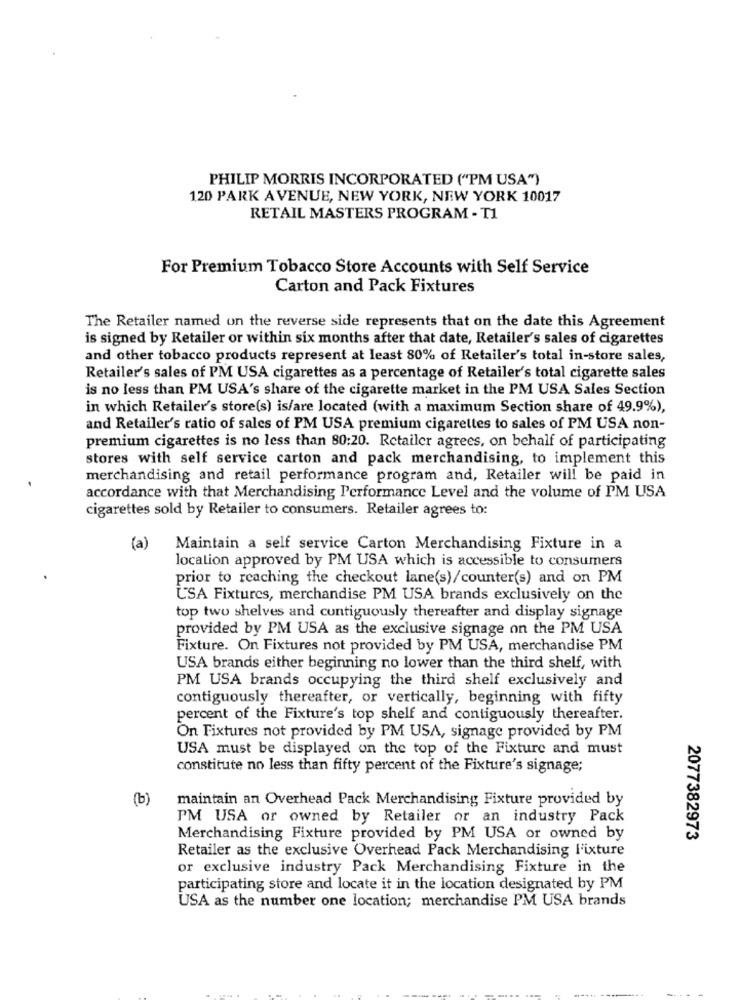
PHILIP MORRIS INCORPORATED ("PM USA")
120 PARK AVENUE, NEW YORK, NEW YORK 10017
RETAIL MASTERS PROGRAM - T1
For Premium Tobacco Store Accounts with Self Service
Carton and Pack Fixtures
The Retailer named on the reverse side represents that on the date this Agreement
is signed by Retailer or within six months after that date, Retailer's sales of cigarettes
and other tobacco products represent at least 80% of Retailer's total in-store sales,
Retailer's sales of PM USA cigarettes as a percentage of Retailer's total cigarette sales
is no less than PM USA's share of the cigarette market in the PM USA Sales Section
in which Retailer's store(s) is/are located (with a maximum Section share of 49.9%),
and Retailer's ratio of sales of PM USA premium cigarettes to sales of PM USA non-
premium cigarettes is no less than 80:20. Retailer agrees, on behalf of participating
stores with self service carton and pack merchandising, to implement this
merchandising and retail performance program and, Retailer will be paid in
accordance with that Merchandising Performance Level and the volume of PM USA
cigarettes sold by Retailer to consumers. Retailer agrees to:
(a)
Maintain a self service Carton Merchandising Fixture in a
location approved by PM USA which is accessible to consumers
prior to reaching the checkout lane(s)/counter(s) and on PM
USA Fixtures, merchandise PM USA brands exclusively on the
top two shelves and contiguously thereafter and display signage
provided by PM USA as the exclusive signage on the PM USA
Fixture. On Fixtures not provided by PM USA, merchandise PM
USA brands either beginning no lower than the third shelf, with
PM USA brands occupying the third shelf exclusively and
contiguously thereafter, or vertically, beginning with fifty
percent of the Fixture's top shelf and contiguously thereafter.
On Fixtures not provided by PM USA, signage provided by PM
USA must be displayed on the top of the Fixture and must
constitute no less than fifty percent of the Fixture's signage;
(b)
maintain an Overhead Pack Merchandising Fixture provided by
PM USA or owned by Retailer or an industry Pack
Merchandising Fixture provided by PM USA or owned by
2077382973
Retailer as the exclusive Overhead Pack Merchandising l'ixture
or exclusive industry Pack Merchandising Fixture in the
participating store and locate it in the location designated by PM
USA as the number one location; merchandise PM USA brands